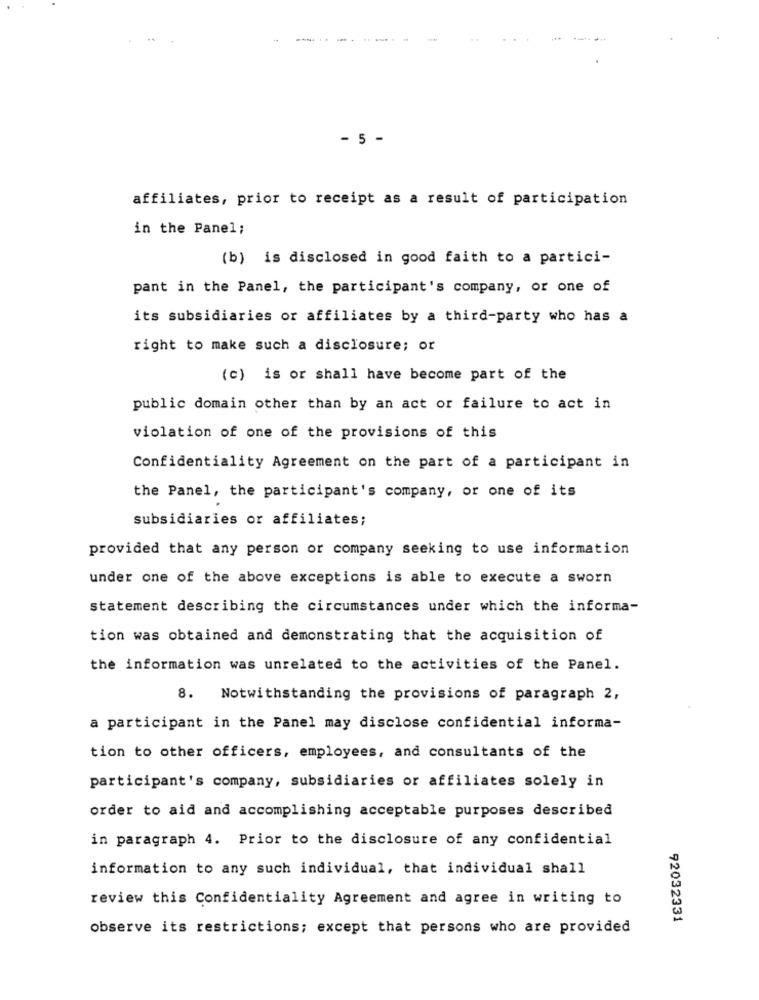
- 5 -
affiliates, prior to receipt as a result of participation
in the Panel;
(b) is disclosed in good faith to a partici-
pant in the Panel, the participant's company, or one of
its subsidiaries or affiliates by a third-party who has a
right to make such a disclosure; or
(c) is or shall have become part of the
public domain other than by an act or failure to act in
violation of one of the provisions of this
Confidentiality Agreement on the part of a participant in
the Panel, the participant's company, or one of its
subsidiaries or affiliates;
provided that any person or company seeking to use information
under one of the above exceptions is able to execute a sworn
statement describing the circumstances under which the informa-
tion was obtained and demonstrating that the acquisition of
the information was unrelated to the activities of the Panel.
8. Notwithstanding the provisions of paragraph 2,
a participant in the Panel may disclose confidential informa-
tion to other officers, employees, and consultants of the
participant's company, subsidiaries or affiliates solely in
order to aid and accomplishing acceptable purposes described
in paragraph 4. Prior to the disclosure of any confidential
information to any such individual, that individual shall
review this Confidentiality Agreement and agree in writing to
92032331
observe its restrictions; except that persons who are provided